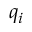
q _ { i }